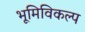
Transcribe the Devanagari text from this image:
भूमिविकल्प